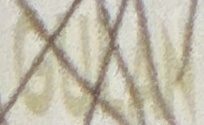
GULAN